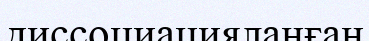
диссоциацияланған